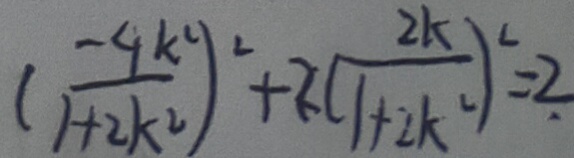
( \frac { - 4 k ^ { 2 } } { 1 + 2 k ^ { 2 } } ) ^ { 2 } + 2 ( \frac { 2 k } { 1 + 2 k ^ { 2 } } ) ^ { 2 } = 2